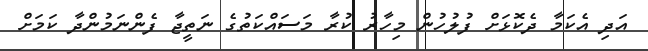
އަދި އެކަމާ ދެކޮޅަށް ފުލުހުން މިހާރު ކުރާ މަސައްކަތުގެ ނަތީޖާ ފެންނަމުންދާ ކަމަށް